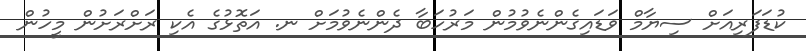
ކުޑަފަރިއަށް ސިޔާމް ވަޑައިގެންނެވުމުން މަރުހަބާ ދެންނެވުމަށް ނ. އަތޮޅުގެ އެކި ރަށްރަށުން މީހުން